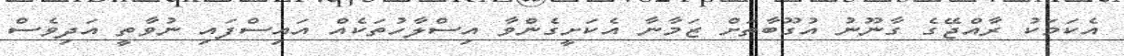
އެކަމަކު ރާއްޖޭގެ ގާނޫނު އުގޫބާތަށް ޒަމާނާ އެކަށީގެންވާ އިސްލާހުތަކެއް އައިސްފައި ނުވާތީ އަދިވެސް